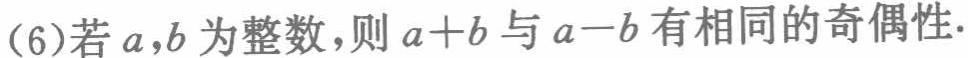
(6)若\(a,b\)为整数，则\(a + b\)与\(a - b\)有相同的奇偶性.